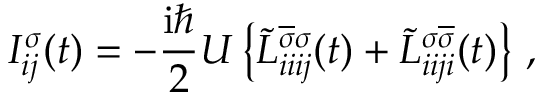
I _ { i j } ^ { \sigma } ( t ) = - \frac { \mathrm { i } \hbar } { 2 } U \left\{ \Tilde { L } _ { i i i j } ^ { \overline { { \sigma } } \sigma } ( t ) + \Tilde { L } _ { i i j i } ^ { \sigma \overline { { \sigma } } } ( t ) \right\} \, ,